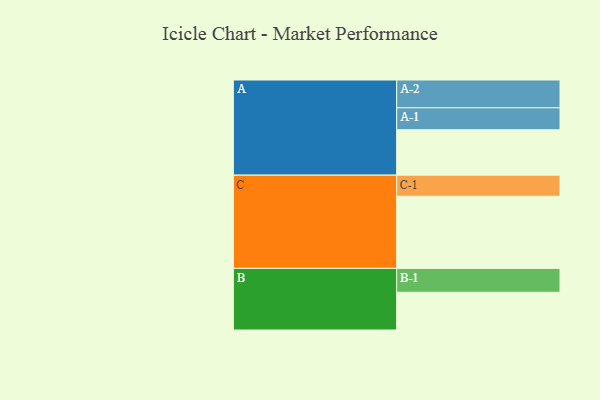
{"axis": {"x": "Segment", "y": "Value"}, "legend": ["", "A", "B", "C"], "data": [{"x": "A", "y": 372, "type": ""}, {"x": "B", "y": 309, "type": ""}, {"x": "C", "y": 591, "type": ""}, {"x": "A-1", "y": 180, "type": "A"}, {"x": "A-2", "y": 228, "type": "A"}, {"x": "B-1", "y": 196, "type": "B"}, {"x": "C-1", "y": 173, "type": "C"}]}